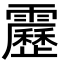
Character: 靂